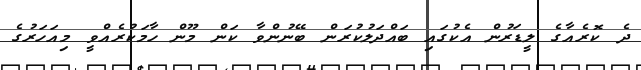
ދެ ކޮރެއާގެ ލީޑަރުން އެކުގައި ބައްދަލުކުރަން ބޭނުންވާ ކަން މޫން ހާމަކުރެއްވީ މިއަހަރުގެ